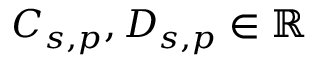
C _ { s , p } , D _ { s , p } \in \mathbb { R }